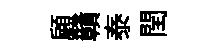
顧贛泰閏